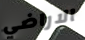
الاراضي